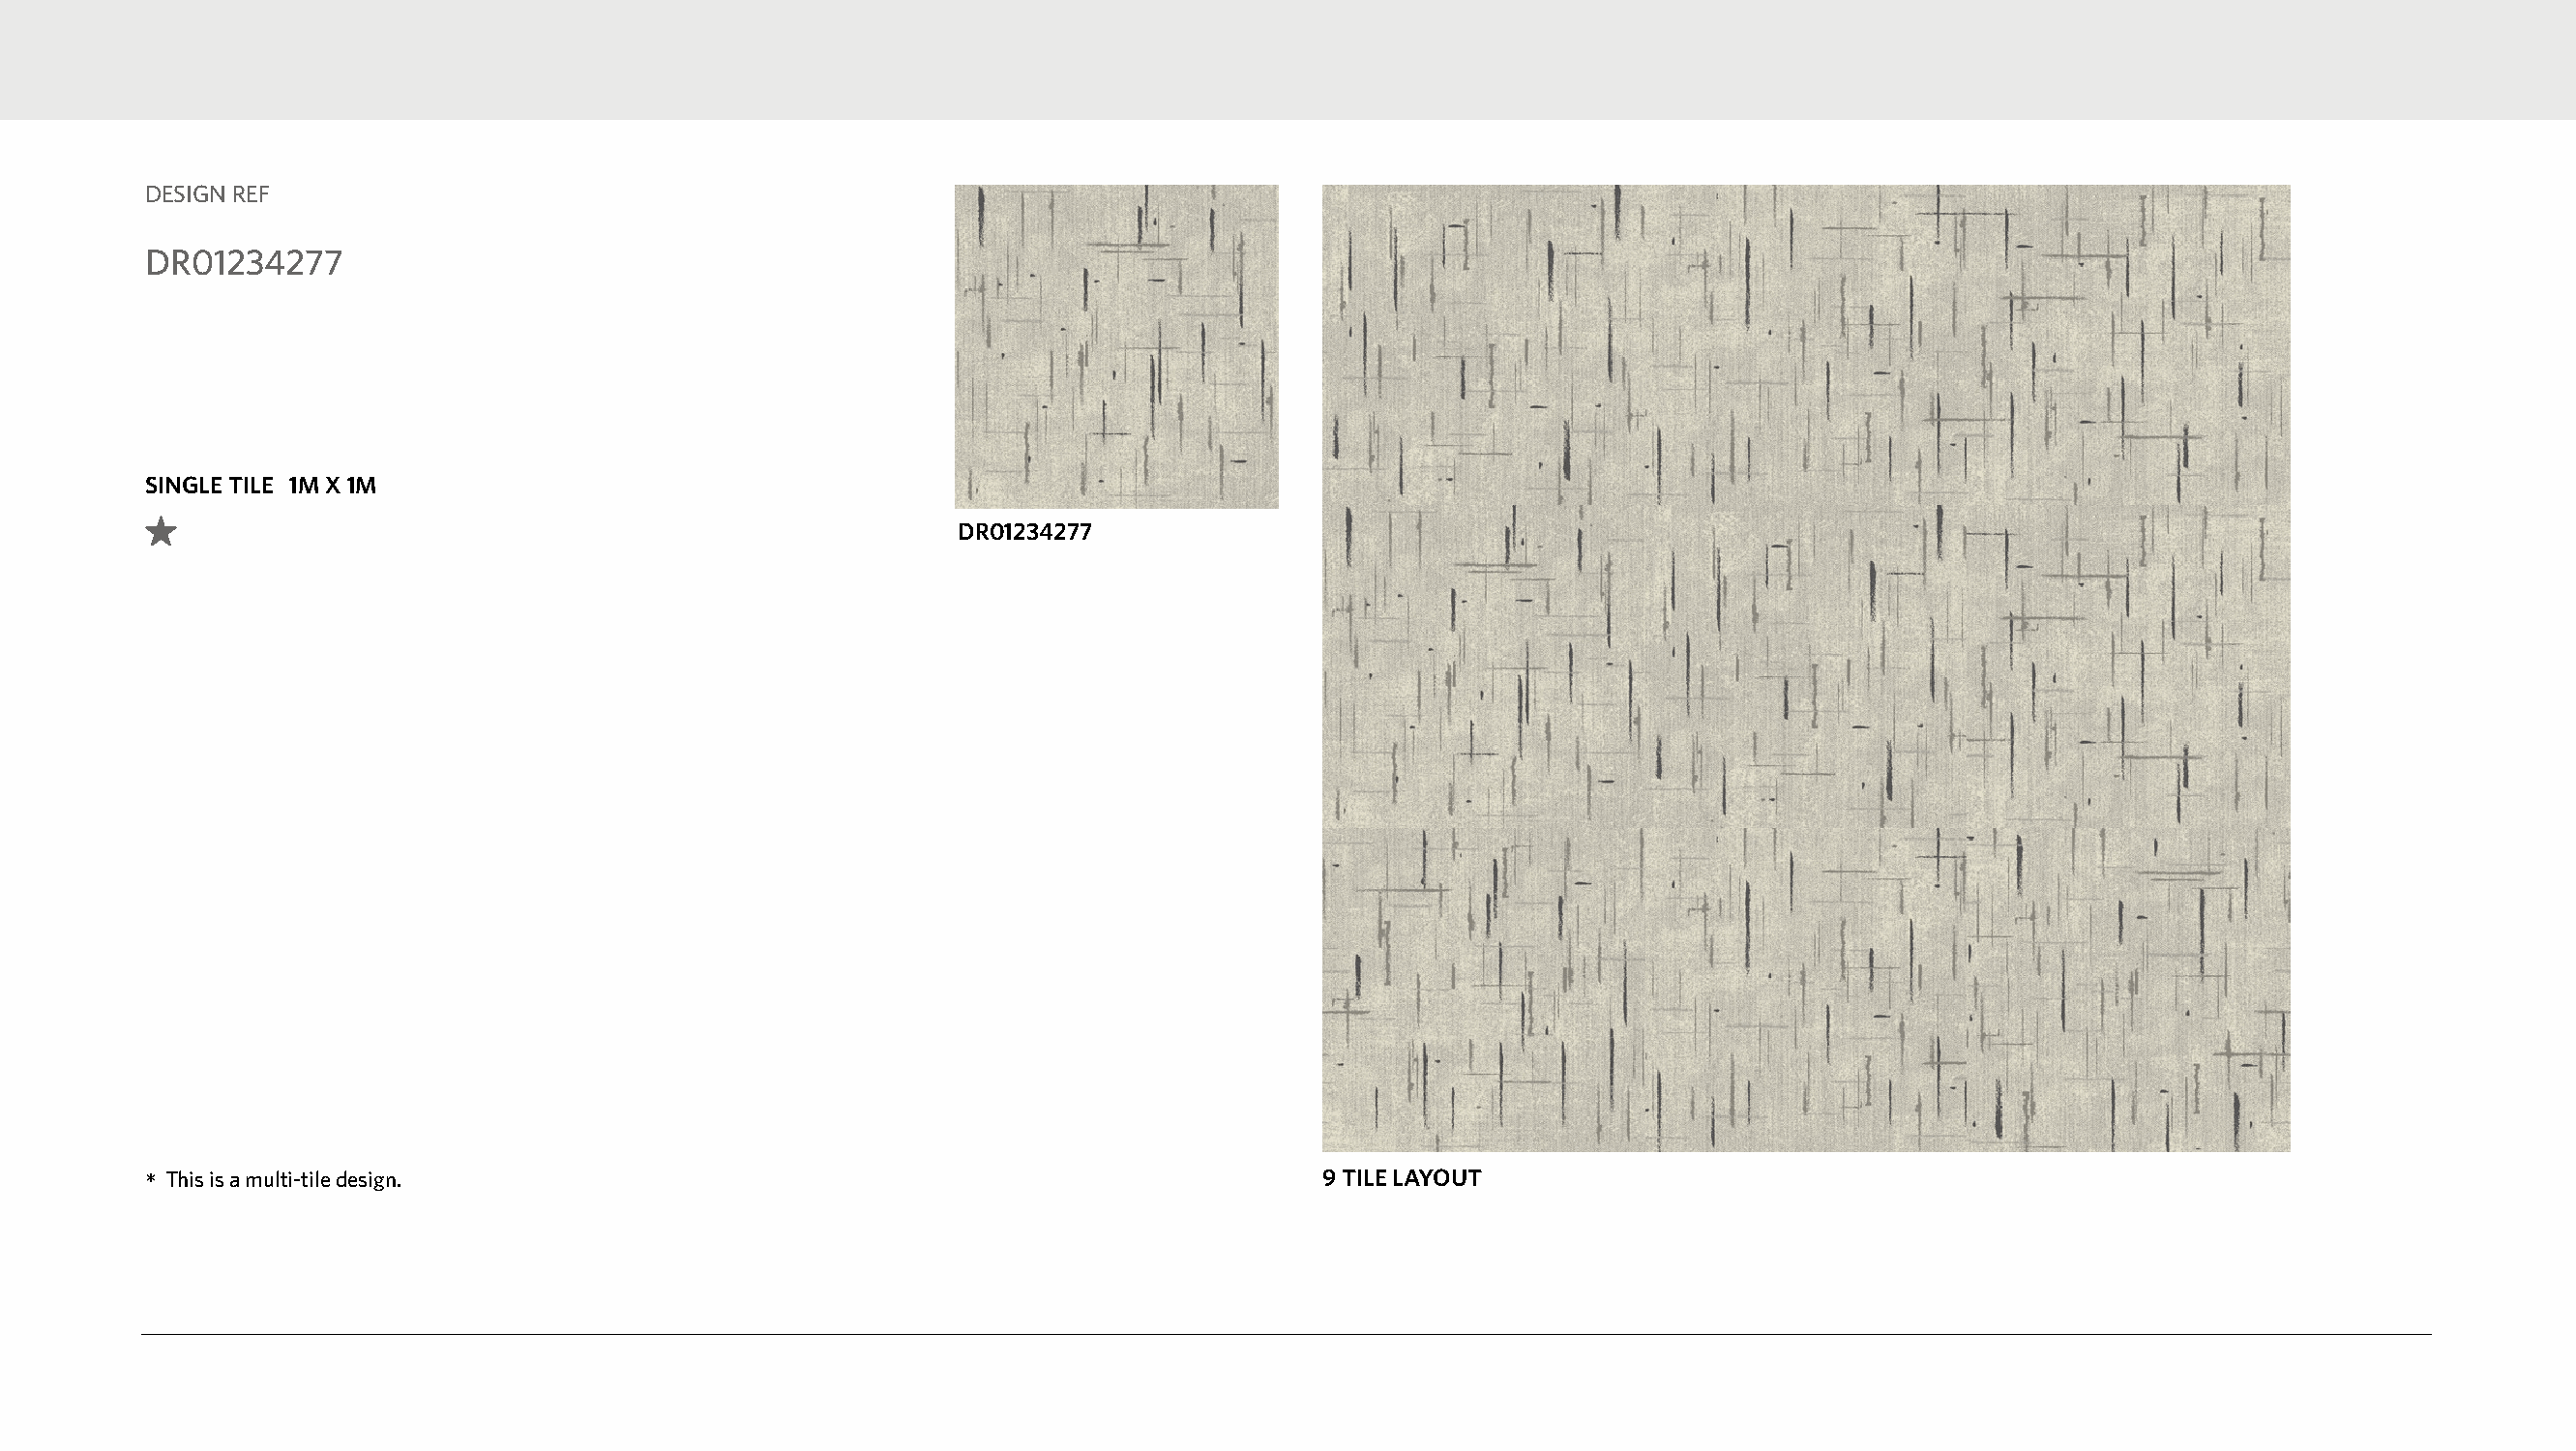
DESIGN REF
 DR01234277
 SINGLE TILE 1M X 1M
 DR01234277
 *This is a multi-tile design.                                                    9 TILE LAYOUT